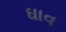
ઘાવ